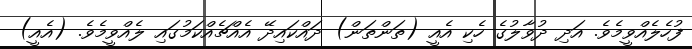
ފުހެލެއްވީމެވެ. އަދި ދުވާލުގެ ހެކި އެއީ (ތަންތަން) ދައްކައިދޭ އެއްޗެއްކަމުގައި ލެއްވީމެވެ. (އެއީ)